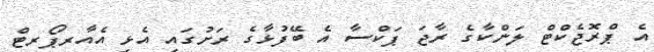
އެ ޕްރޮޖެކްޓް ލަންކާގެ ރާޖަ ޕަކްސާ އެ ބޭފުޅާގެ ރަށުގައި އެޅި އެެއާރޕޯރޓް